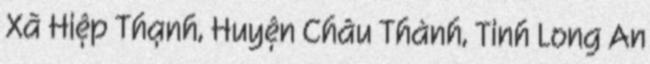
Xã Hiệp Thạnh, Huyện Châu Thành, Tỉnh Long An